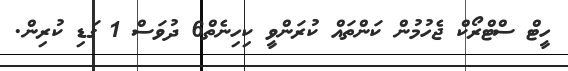
ހީޓް ސްޓްރޯކް ޖެހުމުން ކަންތައް ކުރަންވީ ކިހިނެތް6 ދުވަސް 1 ގަޑި ކުރިން.